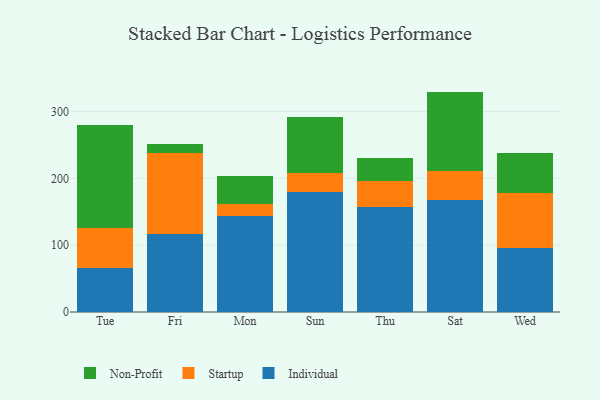
{"axis": {"x": "Day", "y": "Backlog"}, "legend": ["Individual", "Non-Profit", "Startup"], "data": [{"x": "Tue", "y": 65.2, "type": "Individual"}, {"x": "Tue", "y": 60.2, "type": "Startup"}, {"x": "Tue", "y": 154.0, "type": "Non-Profit"}, {"x": "Fri", "y": 117.0, "type": "Individual"}, {"x": "Fri", "y": 120.9, "type": "Startup"}, {"x": "Fri", "y": 13.9, "type": "Non-Profit"}, {"x": "Mon", "y": 143.8, "type": "Individual"}, {"x": "Mon", "y": 17.2, "type": "Startup"}, {"x": "Mon", "y": 43.1, "type": "Non-Profit"}, {"x": "Sun", "y": 178.8, "type": "Individual"}, {"x": "Sun", "y": 29.7, "type": "Startup"}, {"x": "Sun", "y": 83.7, "type": "Non-Profit"}, {"x": "Thu", "y": 157.2, "type": "Individual"}, {"x": "Thu", "y": 38.6, "type": "Startup"}, {"x": "Thu", "y": 34.2, "type": "Non-Profit"}, {"x": "Sat", "y": 167.4, "type": "Individual"}, {"x": "Sat", "y": 43.9, "type": "Startup"}, {"x": "Sat", "y": 118.4, "type": "Non-Profit"}, {"x": "Wed", "y": 95.2, "type": "Individual"}, {"x": "Wed", "y": 82.6, "type": "Startup"}, {"x": "Wed", "y": 60.1, "type": "Non-Profit"}]}